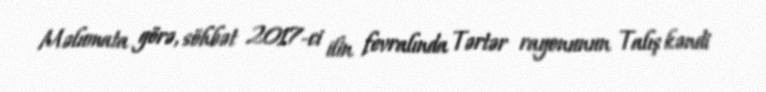
Məlumata görə, söhbət 2017-ci ilin fevralında Tərtər rayonunun Talış kəndi